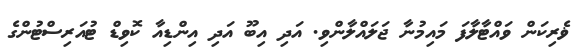
ޥެރިކަން ވައްޓާލާފަ މައިމުނާ ޖަލައްލާންވި. އަދި އިބޫ އަދި އިންޑިއާ ކޮވިޑް ޓުއަރިސްޓުންގެ